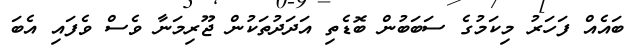
ބައެއް ފަހަރު މިކަމުގެ ސަބަބުން ބޮޑެތި އަދަދުތަކުން ޖޫރިމަނާ ވެސް ވެފައި އެބަ